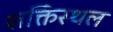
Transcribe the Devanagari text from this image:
शक्तिस्थल